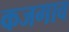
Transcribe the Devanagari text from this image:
कजगाव